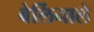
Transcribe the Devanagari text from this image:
बेर्लिनाले